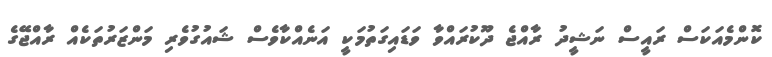
ކޮންމެއަކަސް ރައީސް ނަޝީދު ރާއްޖެ ދޫކުރައްވާ ވަޑައިގަތުމަކީ އަނެއްކާވެސް ޝައުގުވެރި މަންޒަރުތަކެއް ރާއްޖޭގެ